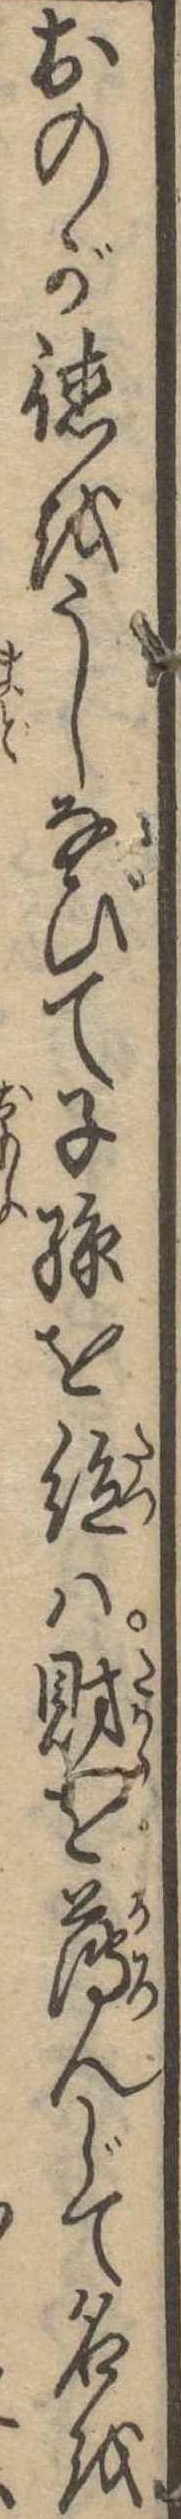
おのが徳をうしなひて子孫を絶は財を薄んじて名を